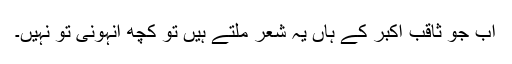
اب جو ثاقب اکبر کے ہاں یہ شعر ملتے ہیں تو کچھ انہونی تو نہیں۔